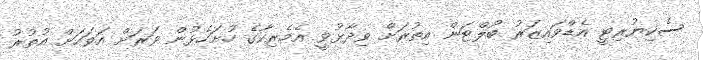
ސެކިޔުރިޓީ އެޑްވައިޒަރު ބޯލްޓަން އިތުރަށް ވިދާޅުވީ އެމެރިކާގެ ހުށަހެޅުން ވަރަށް އަވަހަށް އުތުރު